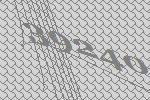
39240